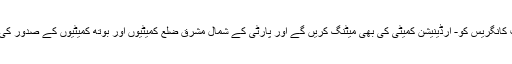
کانگریس سربراہ نارتھ ایسٹ کانگریس کو- آرڈینیشن کمیٹی کی بھی میٹنگ کریں گے اور پارٹی کے شمال مشرق ضلع کمیٹیوں اور بوتھ کمیٹیوں کے صدور کی الگ سے میٹنگ کریں گے۔